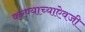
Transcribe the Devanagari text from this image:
करण्याच्याऐवजी